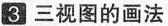
3 三视图的画法